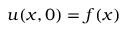
u ( x , 0 ) = f ( x )